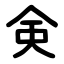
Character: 㑒